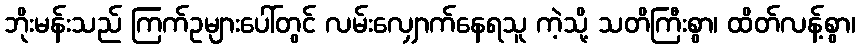
ဘိုးမန်းသည် ကြက်ဥများပေါ်တွင် လမ်းလျှောက်နေရသူ ကဲ့သို့ သတိကြီးစွာ၊ ထိတ်လန့်စွာ၊